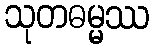
သုတဓမ္မဿ